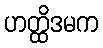
ဟတ္ထိဒမက